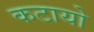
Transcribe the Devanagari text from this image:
कटायो